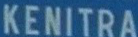
KENITRA